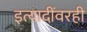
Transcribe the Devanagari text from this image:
इत्यादींवरही